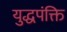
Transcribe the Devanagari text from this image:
युद्धपंक्ति